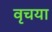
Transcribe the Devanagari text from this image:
वृचया